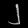
Digit: ၂